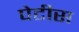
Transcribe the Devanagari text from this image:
पेटीस